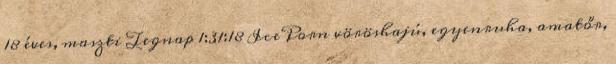
18 éves, maszti Tegnap 1:31:18 IcePorn vöröshajú, egyenruha, amatőr,